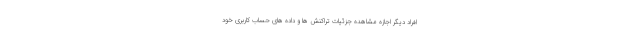
افراد دیگر اجازه مشاهده جزئیات تراکنش ها و داده های حساب کاربری خود